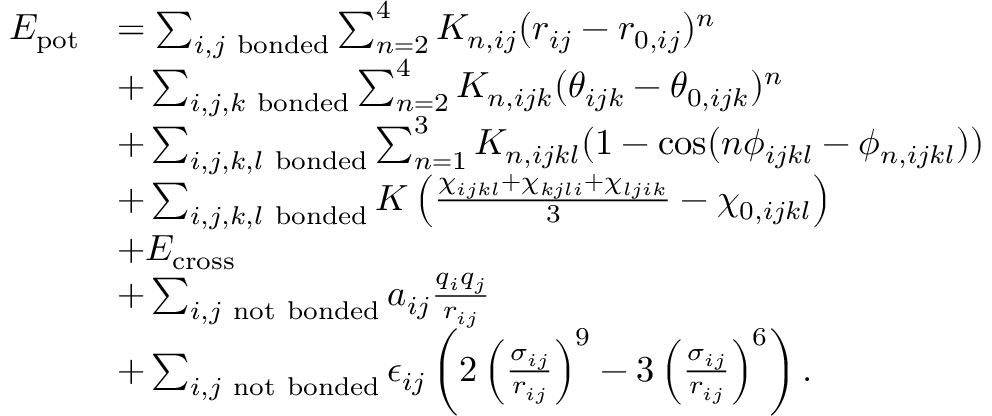
\begin{array} { r l } { E _ { \mathrm { p o t } } } & { = \sum _ { i , j \mathrm { ~ b o n d e d } } \sum _ { n = 2 } ^ { 4 } K _ { n , i j } ( r _ { i j } - r _ { 0 , i j } ) ^ { n } } \\ & { + \sum _ { i , j , k \mathrm { ~ b o n d e d } } \sum _ { n = 2 } ^ { 4 } K _ { n , i j k } ( \theta _ { i j k } - \theta _ { 0 , i j k } ) ^ { n } } \\ & { + \sum _ { i , j , k , l \mathrm { ~ b o n d e d } } \sum _ { n = 1 } ^ { 3 } K _ { n , i j k l } ( 1 - \cos ( n \phi _ { i j k l } - \phi _ { n , i j k l } ) ) } \\ & { + \sum _ { i , j , k , l \mathrm { ~ b o n d e d } } K \left( \frac { \chi _ { i j k l } + \chi _ { k j l i } + \chi _ { l j i k } } { 3 } - \chi _ { 0 , i j k l } \right) } \\ & { + E _ { \mathrm { c r o s s } } } \\ & { + \sum _ { i , j \mathrm { ~ n o t ~ b o n d e d } } a _ { i j } \frac { q _ { i } q _ { j } } { r _ { i j } } } \\ & { + \sum _ { i , j \mathrm { ~ n o t ~ b o n d e d } } \epsilon _ { i j } \left( 2 \left( \frac { \sigma _ { i j } } { r _ { i j } } \right) ^ { 9 } - 3 \left( \frac { \sigma _ { i j } } { r _ { i j } } \right) ^ { 6 } \right) . } \end{array}